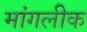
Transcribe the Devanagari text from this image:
मांगलीक